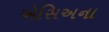
એસિઅના